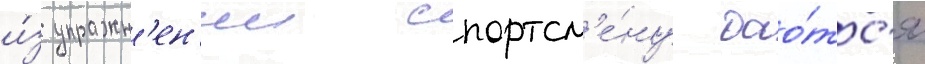
и́з упражн'ен'ии спортсм'е́ну дао́тс'я